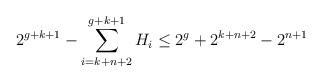
LaTeX: \begin{align*} 2^{g+k+1} - \sum_{i=k+n+2}^{g+k+1}H_i \leq 2^g + 2^{k+n+2} - 2^{n+1} \end{align*}